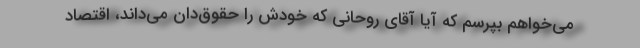
می‌خواهم بپرسم که آیا آقای روحانی که خودش را حقوق‌دان می‌داند، اقتصاد